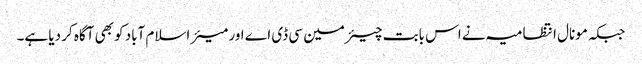
جبکہ مونال انتظامیہ نے اس بابت چیئرمین سی ڈی اے اور میئر اسلام آباد کو بھی آگاہ کر دیا ہے۔